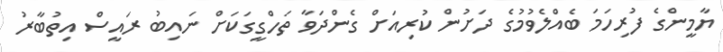
ޔާމީންގެ ފުރިހަމަ ބެއްލެވުމުގެ ދަށުން ކުރިއަށް ގެންދަވާ ތަހްގީގަކަށް ނައިބު ރައީސް އިތުބާރު